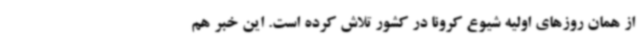
از همان روزهای اولیه شیوع کرونا در کشور تلاش کرده است. این خبر هم